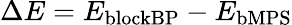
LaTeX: \Delta E=E_{\mathrm{blockBP}}-E_{\mathrm{bMPS}}